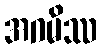
အဂမိဿ